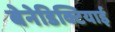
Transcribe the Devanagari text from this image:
बेनेडिक्टियाई